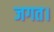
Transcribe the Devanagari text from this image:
जगत।